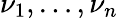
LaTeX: \nu_{1},\ldots,\nu_{n}